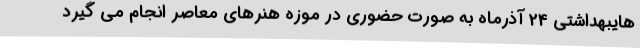
هایبهداشتی 24 آذرماه به صورت حضوری در موزه هنرهای معاصر انجام می گیرد